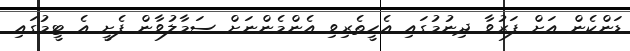
ޑަންކެން އަށް ފަރުވާ ދިނުމުގައި އެހީތެރިވި އެންމެންނަށް ސަމާލުވާން ފެށީ އެ ޓީމުގައި